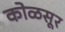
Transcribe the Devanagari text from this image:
कोळसूर